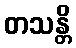
တသန္တိ